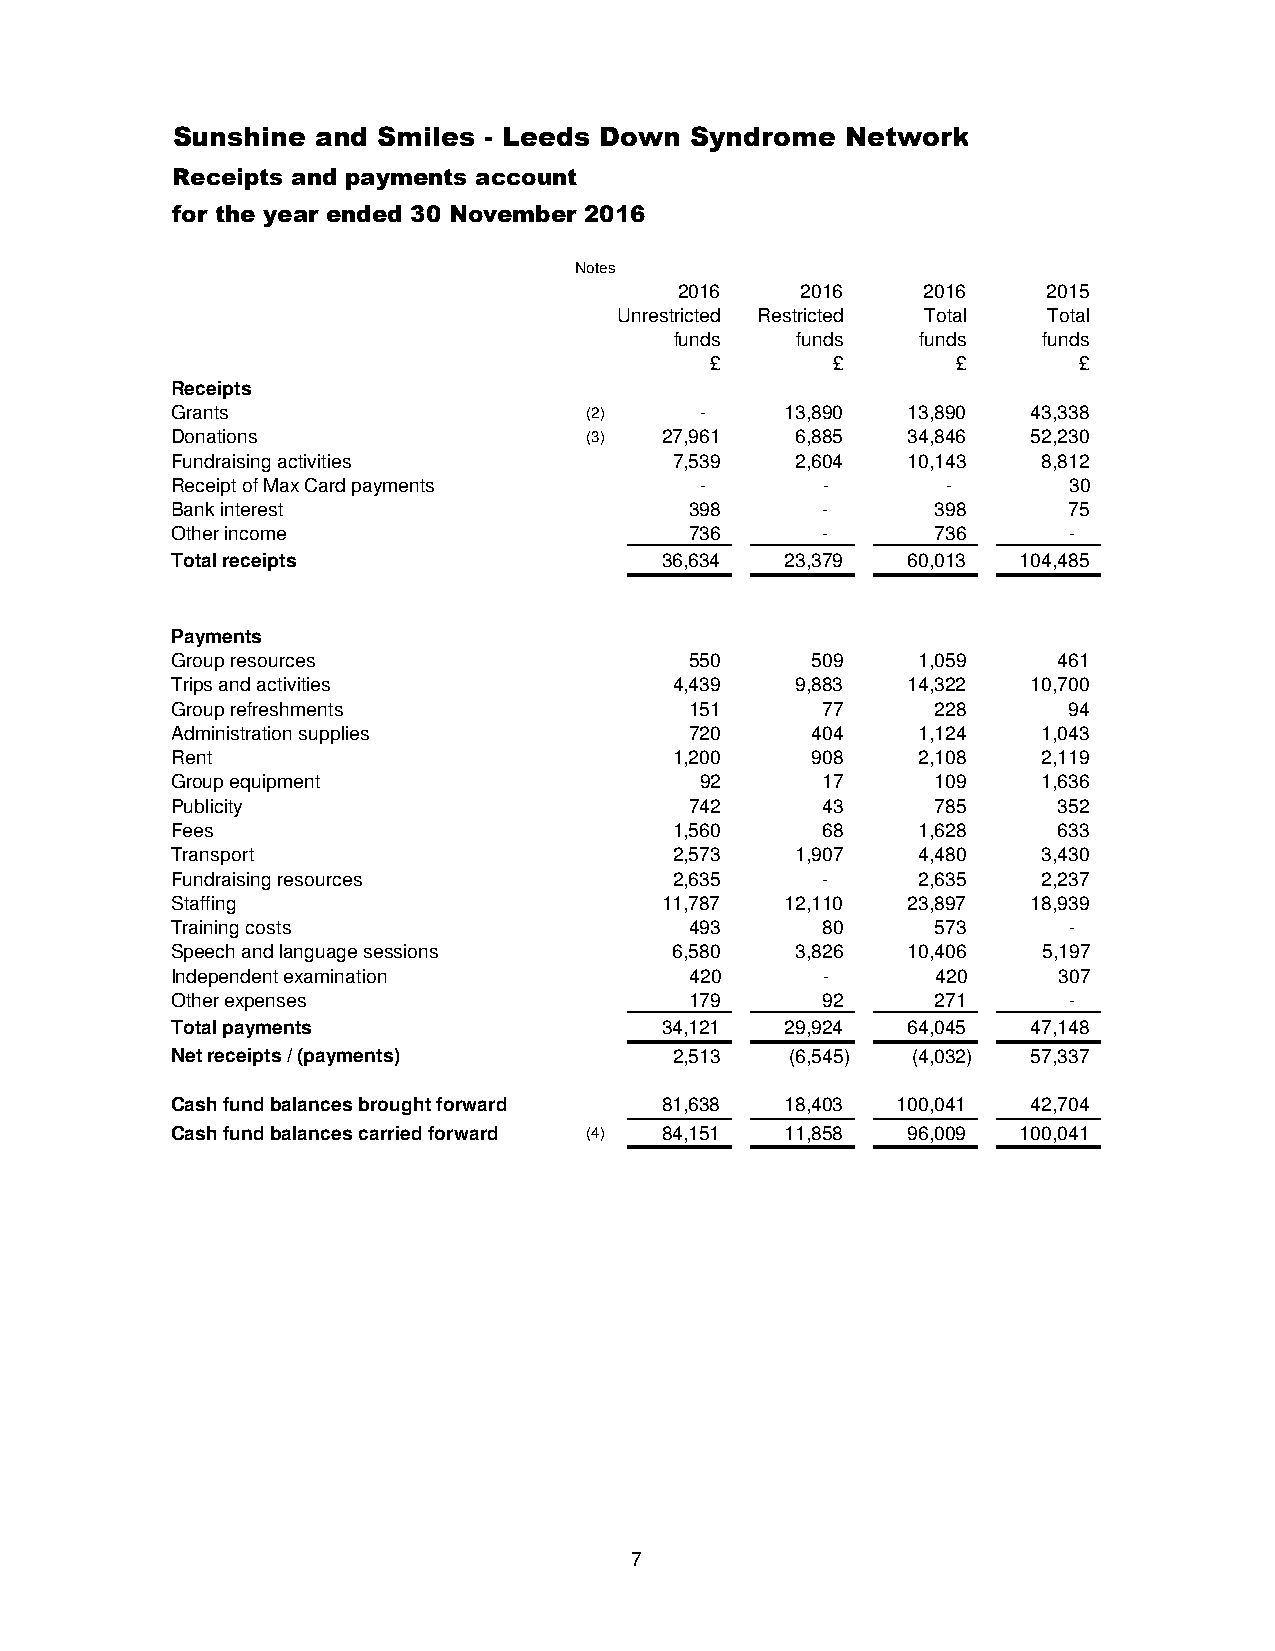
Sunshine  and Smiles - Leeds Down  Syndrome  Network
 Receipts and payments account
 for the year ended 30 November 2016
 Notes
 2016    2016    2016    2015
 Unrestricted Restricted Total Total
 funds   funds   funds   funds
 £       £       £       £
 Receipts
 Grants                      (2)    -     13,890  13,890  43,338
 Donations                   (3)  27,961   6,885  34,846  52,230
 Fundraising activities            7,539   2,604  10,143   8,812
 Receipt of Max Card payments       -       -        -       30
 Bank interest                      398     -       398      75
 Other income                       736     -       736      -
 Total receipts                   36,634  23,379  60,013  104,485
 Payments
 Group resources                    550     509    1,059    461
 Trips and activities              4,439   9,883  14,322  10,700
 Group refreshments                 151     77      228      94
 Administration supplies            720     404    1,124   1,043
 Rent                              1,200    908    2,108   2,119
 Group equipment                    92      17      109    1,636
 Publicity                          742     43      785     352
 Fees                              1,560    68     1,628    633
 Transport                         2,573   1,907   4,480   3,430
 Fundraising resources             2,635    -      2,635   2,237
 Staffing                         11,787  12,110  23,897  18,939
 Training costs                     493     80      573      -
 Speech and language sessions      6,580   3,826  10,406   5,197
 Independent examination            420     -       420     307
 Other expenses                     179     92      271      -
 Total payments                   34,121  29,924  64,045  47,148
 Net receipts / (payments)         2,513  (6,545) (4,032) 57,337
 Cash fund balances brought forward 81,638 18,403 100,041 42,704
 Cash fund balances carried forward (4) 84,151 11,858 96,009 100,041
 7